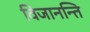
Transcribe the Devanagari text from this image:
विजानन्ति